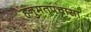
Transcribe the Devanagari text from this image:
हनुमतपचासा